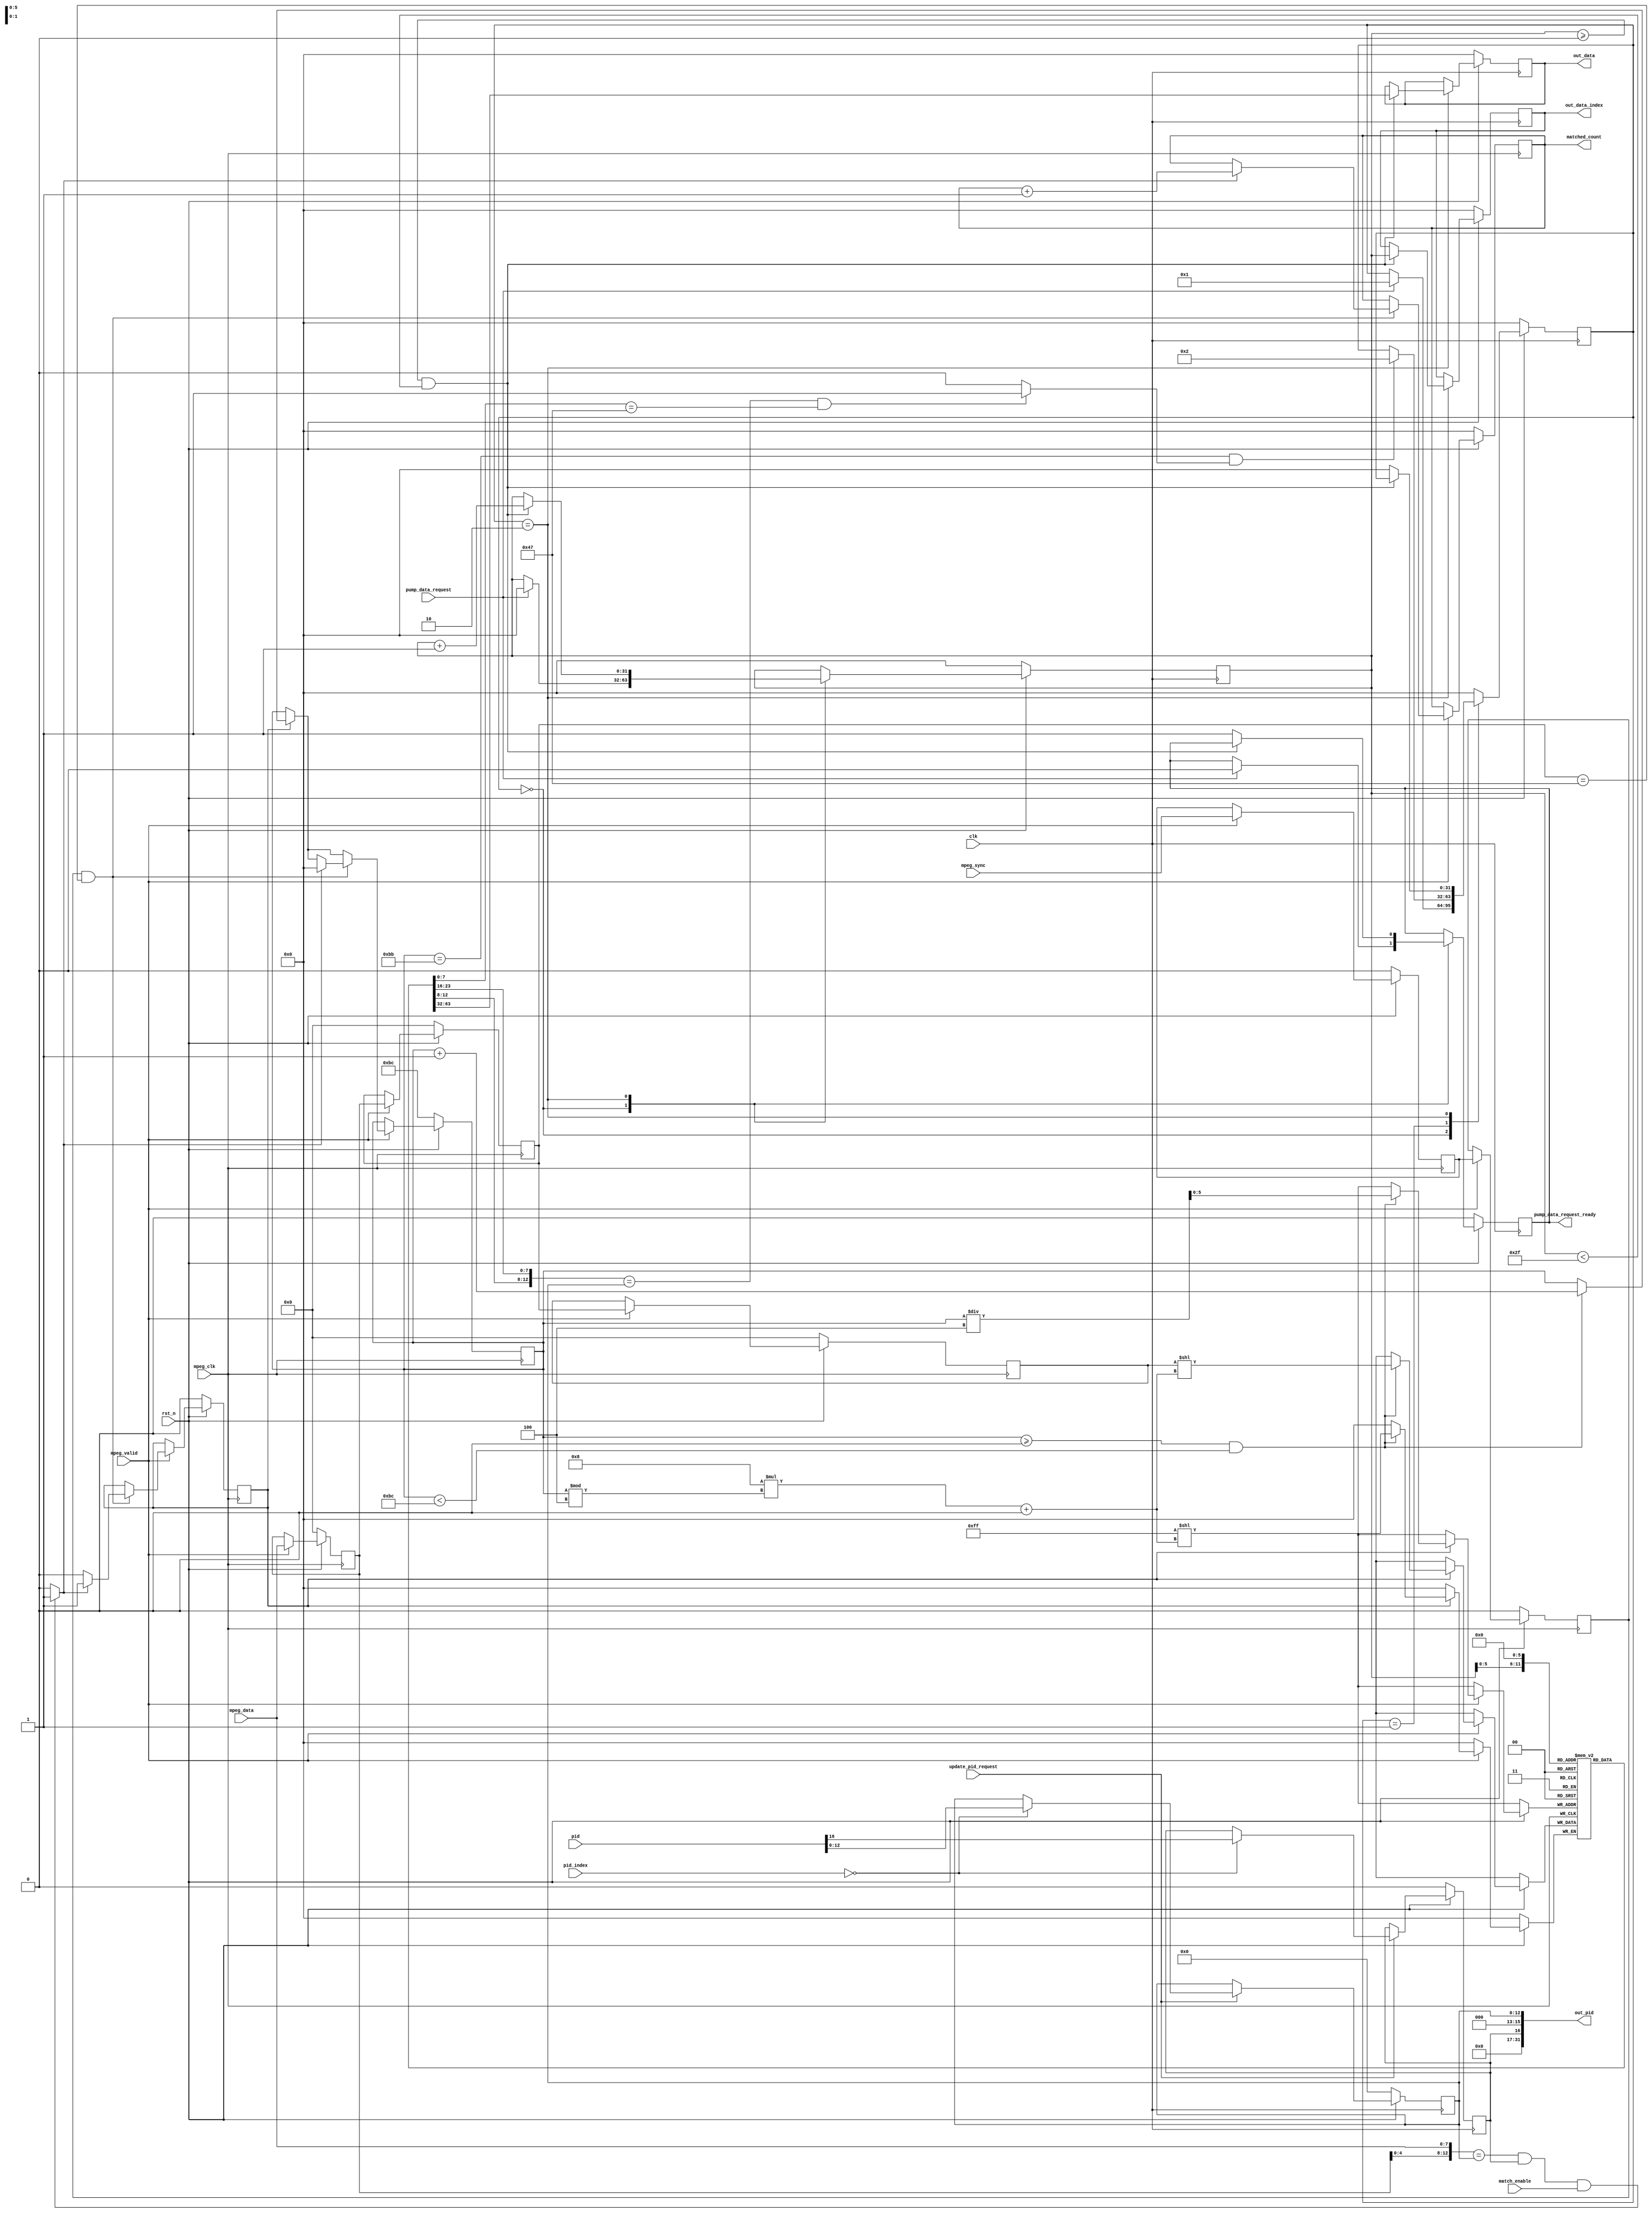
`timescale 1ns / 1ps

module monitor #(
		parameter integer C_S_AXI_DATA_WIDTH = 32
	)
	(
		output reg [C_S_AXI_DATA_WIDTH - 1 : 0] matched_count = 0,

		input wire rst_n,
		input wire clk,

		input wire match_enable,

		input wire update_pid_request,
		input wire [C_S_AXI_DATA_WIDTH - 1 : 0] pid_index,
		input wire [C_S_AXI_DATA_WIDTH - 1 : 0] pid,


		output wire [C_S_AXI_DATA_WIDTH - 1 : 0] out_pid,

		input wire pump_data_request,

		output reg pump_data_request_ready = 0,
		output reg [C_S_AXI_DATA_WIDTH - 1 : 0] out_data = 0,
		output reg [C_S_AXI_DATA_WIDTH - 1 : 0] out_data_index = 0,

		input wire [7 : 0] mpeg_data,
		input wire mpeg_clk,
		input wire mpeg_valid,
		input wire mpeg_sync
	);

	localparam integer PACK_BYTE_SIZE = 188;
	localparam integer PACK_WORD_SIZE = PACK_BYTE_SIZE / (C_S_AXI_DATA_WIDTH / 8);

	localparam integer PID_PID_WIDTH = 13;
	localparam integer PID_PAD0_WIDTH = 3;
	localparam integer PID_MATCH_ENABLE_WIDTH = 1;
	localparam integer PID_PAD1_WIDTH = 15;

	reg [C_S_AXI_DATA_WIDTH - 1 : 0] ram_for_data [0 : PACK_WORD_SIZE - 1];

	reg [PID_PID_WIDTH - 1 : 0] ram_for_pid = 0;
	reg [PID_MATCH_ENABLE_WIDTH - 1 : 0] pid_match_enable = 0;

	wire [PID_PID_WIDTH - 1 : 0] cur_pid_pid;
	wire [PID_MATCH_ENABLE_WIDTH - 1 : 0] cur_pid_match_enable;

	assign cur_pid_pid = pid[PID_PID_WIDTH - 1 : 0];
	assign cur_pid_match_enable = pid[PID_PID_WIDTH + PID_PAD0_WIDTH + PID_MATCH_ENABLE_WIDTH - 1 : PID_PID_WIDTH + PID_PAD0_WIDTH];
	assign out_pid = {{(PID_PAD1_WIDTH){1'b0}}, pid_match_enable, {(PID_PAD0_WIDTH){1'b0}}, ram_for_pid};

	always @(posedge clk) begin
		if(rst_n == 0) begin
			ram_for_pid <= 0;
			pid_match_enable <= 0;
		end
		else begin
			if(update_pid_request == 1) begin
				if(pid_index == 0) begin
					ram_for_pid <= cur_pid_pid;
					pid_match_enable <= cur_pid_match_enable;
				end
				else begin
				end
			end
			else begin
			end
		end
	end

	reg [C_S_AXI_DATA_WIDTH - 1 : 0] matched_index = PACK_BYTE_SIZE;

	wire ram_data_valid;
	assign ram_data_valid = (({ram_for_data[0][13 - 1 : 8], ram_for_data[0][24 - 1 : 16]} == ram_for_pid) && (ram_for_data[0][8 - 1 : 0] == 8'h47)) ? 1 : 0;

	integer pump_data_state = 0;
	reg [C_S_AXI_DATA_WIDTH - 1 : 0] pump_data_index = 0;
	always @(posedge clk) begin
		if(rst_n == 0) begin
			pump_data_request_ready <= 0;
			out_data_index <= 0;
			out_data <= 0;

			pump_data_state <= 0;
			pump_data_index <= 0;
		end
		else begin
			case(pump_data_state)
				0: begin
					if(pump_data_request == 1) begin

						pump_data_request_ready <= 0;
						pump_data_index <= 0;

						pump_data_state <= 1;
					end
					else begin
					end
				end
				1: begin
					if((matched_index == PACK_BYTE_SIZE - 1) && (ram_data_valid == 1)) begin
						pump_data_state <= 2;
					end
					else begin
					end
				end
				2: begin
					if((pump_data_index >= 0) && (pump_data_index < PACK_WORD_SIZE)) begin
						out_data_index <= pump_data_index;

						out_data <= ram_for_data[pump_data_index];

						pump_data_index <= pump_data_index + 1;
					end
					else begin
						pump_data_request_ready <= 1;

						pump_data_state <= 0;
					end
				end
				default: begin
					pump_data_state <= 0;
				end
			endcase
		end
	end

	reg mpeg_sync_d1 = 0;
	reg mpeg_sync_d2 = 0;
	reg mpeg_sync_d3 = 0;
	reg [7 : 0] mpeg_data_d1 = 0;
	reg [7 : 0] mpeg_data_d2 = 0;
	reg [7 : 0] mpeg_data_d3 = 0;

	always @(negedge mpeg_clk) begin
		if(rst_n == 0) begin
			mpeg_sync_d1 <= 0;
			mpeg_sync_d2 <= 0;
			mpeg_sync_d3 <= 0;
			mpeg_data_d1 <= 0;
			mpeg_data_d2 <= 0;
			mpeg_data_d3 <= 0;
		end
		else begin
			if(mpeg_valid == 1) begin
				mpeg_sync_d1 <= mpeg_sync;
				mpeg_sync_d2 <= mpeg_sync_d1;
				mpeg_sync_d3 <= mpeg_sync_d2;
				mpeg_data_d1 <= mpeg_data;
				mpeg_data_d2 <= mpeg_data_d1;
				mpeg_data_d3 <= mpeg_data_d2;
			end
			else begin
			end
		end
	end

	reg matched_pid = 0;

	wire match_states;
	assign match_states = (({mpeg_data_d1[5 - 1 : 0], mpeg_data} == ram_for_pid) && (pid_match_enable == 1) && (match_enable == 1)) ? 1 : 0;

	wire [C_S_AXI_DATA_WIDTH - 1 : 0] matched_word_index;
	wire [C_S_AXI_DATA_WIDTH - 1 : 0] matched_index_word_offset;
	assign matched_word_index = matched_index / 4;
	assign matched_index_word_offset = (8 * (matched_index % 4));

	always @(negedge mpeg_clk) begin
		if(rst_n == 0) begin
			matched_pid <= 0;
			matched_index <= PACK_BYTE_SIZE;

			matched_count <= 0;
		end
		else begin
			if(mpeg_valid == 1) begin
				if(matched_pid == 1) begin
					if((matched_index >= 0) && (matched_index < PACK_BYTE_SIZE)) begin
						ram_for_data[matched_word_index][matched_index_word_offset +: 8] <= mpeg_data_d3;

						matched_index <= matched_index + 1;
					end
					else begin
					end
				end
				else begin
				end

				if((mpeg_sync_d2 == 1) && (mpeg_data_d2 == 8'h47)) begin
					if(match_states != 0) begin
						matched_pid <= 1;

						matched_index <= 0;

						matched_count <= matched_count + 1;
					end
					else begin
						matched_pid <= 0;
					end
				end
				else begin
				end
			end
			else begin
			end

		end
	end
endmodule